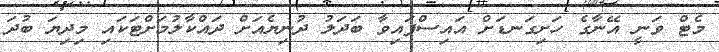
މެޓް ވަނީ އޭނާގެ ހަށިގަނޑަށް އައިސްފައިވާ ބަދަލު ދުނިޔެއަށް ދައްކާލުމަށްޓަކައި މިދިޔަ ބުދަ